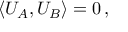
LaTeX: \langle U _ { A } , U _ { B } \rangle = 0 \, ,